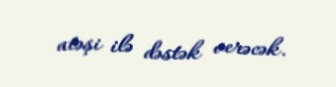
atəşi ilə dəstək verəcək.